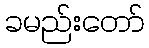
ခမည်းတော်